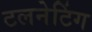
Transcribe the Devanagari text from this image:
टलनेटिंग